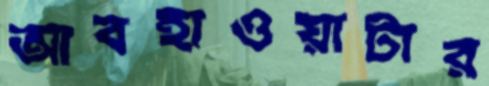
আবহাওয়াটার